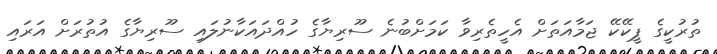
ތުރުކީގެ ޕީކޭކޭ ޖަމާއަތަށް އެހީތެރިވާ ކަމަށްބުނެ ސޫރިޔާގެ ހުއްދައަކާނުލައި ސޫރިޔާގެ އުތުރަށް އަރައި